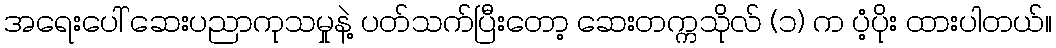
အရေးပေါ် ဆေးပညာကုသမှုနဲ့ ပတ်သက်ပြီးတော့ ဆေးတက္ကသိုလ် (၁) က ပံ့ပိုး ထားပါတယ်။